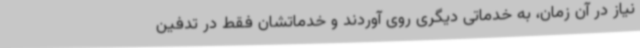
نیاز در آن زمان، به خدماتی دیگری روی آوردند و خدماتشان فقط در تدفین